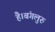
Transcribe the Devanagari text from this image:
है।बंगलुरु